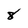
Character: 8